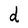
Character: d